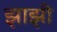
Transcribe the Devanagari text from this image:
झाझी